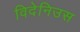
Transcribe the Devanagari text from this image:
विदेनिउस